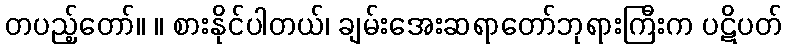
တပည့်တော်။ ။ စားနိုင်ပါတယ်၊ ချမ်းအေးဆရာတော်ဘုရားကြီးက ပဋိပတ်